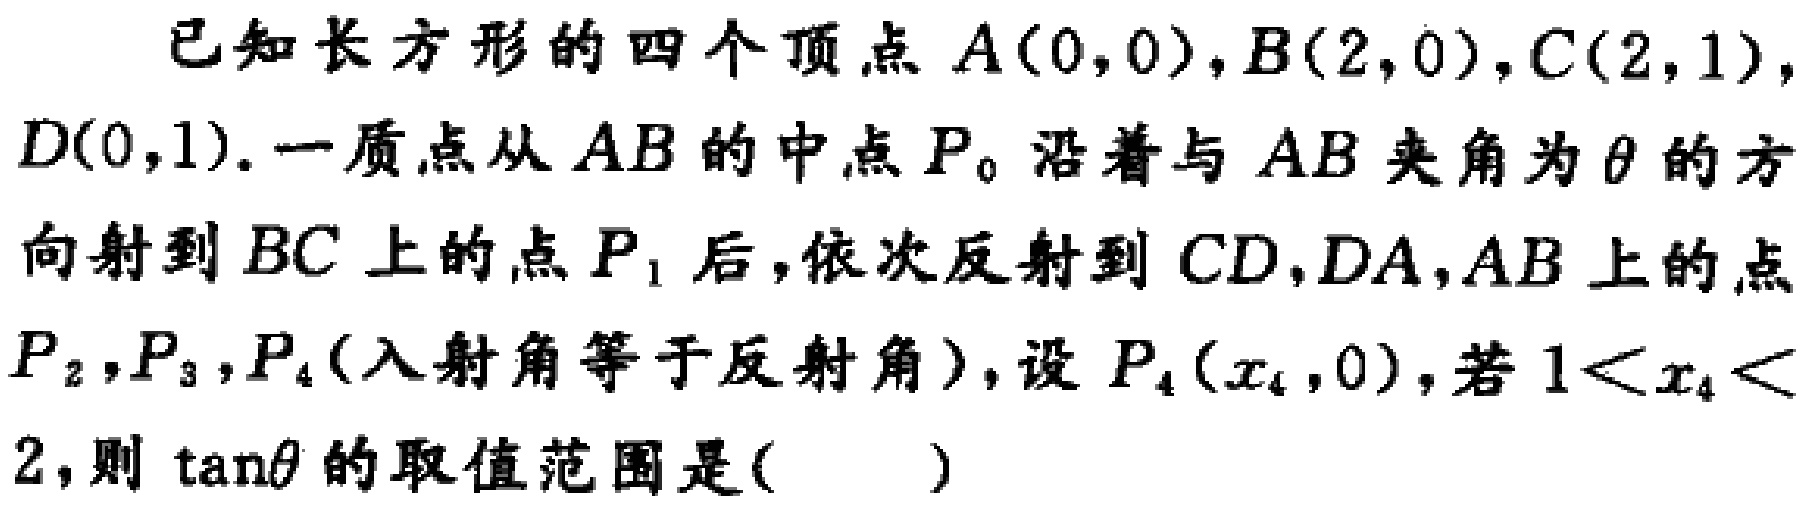
已知长方形的四个顶点\(A(0,0)\)，\(B(2,0)\)，\(C(2,1)\)，\(D(0,1)\)。一质点从\(AB\)的中点\(P_{0}\)沿着与\(AB\)夹角为\(\theta\)的方向射到\(BC\)上的点\(P_{1}\)后，依次反射到\(CD\)，\(DA\)，\(AB\)上的点\(P_{2}\)，\(P_{3}\)，\(P_{4}\)(入射角等于反射角)，设\(P_{4}(x_{4},0)\)，若\(1<x_{4}<2\)，则\(\tan\theta\)的取值范围是( )